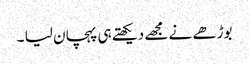
بوڑھے نے مجھے دیکھتے ہی پہچان لیا ۔